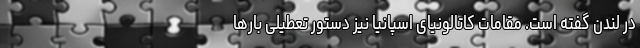
در لندن گفته است. مقامات کاتالونیای اسپانیا نیز دستور تعطیلی بارها